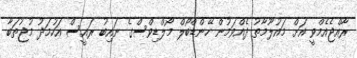
ރާއްޖެއެމްވީ އަށް މައުލޫމާތު ދެއްވަމުން ހޭންޑްބޯލް މޯލްޑިވްސްގެ ނައިބު ރައީސް އަހުމަދު މުޖުތަބާ